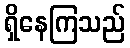
ရှိနေကြသည်